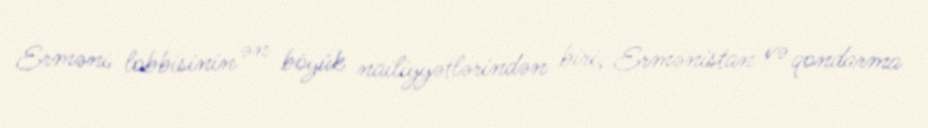
Erməni lobbisinin ən böyük nailiyyətlərindən biri, Ermənistan və qondarma